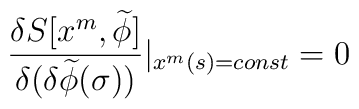
\frac{\delta S[x^m,\widetilde{\phi}]}{\delta(\delta \widetilde{\phi}(\sigma))}|_{x^m(s)=const} = 0